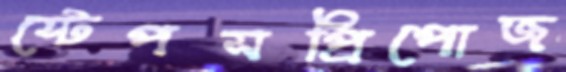
স্টেপসপ্রিপোজ